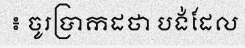
៖ ចូរប្រាកដថា បង់ដែល